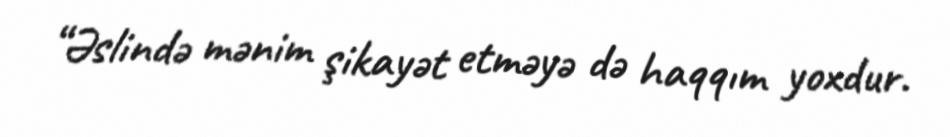
“Əslində mənim şikayət etməyə də haqqım yoxdur.